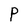
Character: P